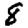
Digit: 8